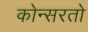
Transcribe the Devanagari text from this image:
कोन्सरतो